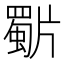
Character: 𭷍